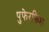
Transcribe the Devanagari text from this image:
पुफेरफिश